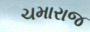
ચમારાજ